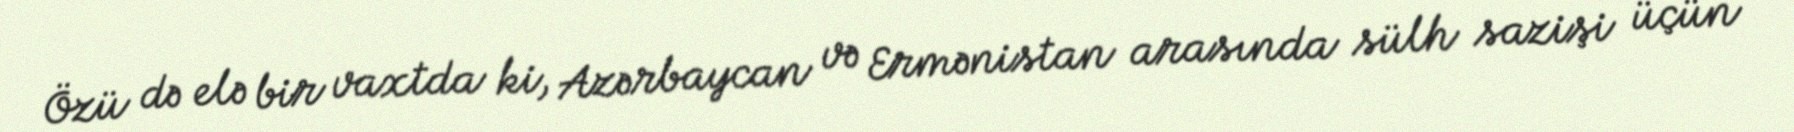
Özü də elə bir vaxtda ki, Azərbaycan və Ermənistan arasında sülh sazişi üçün